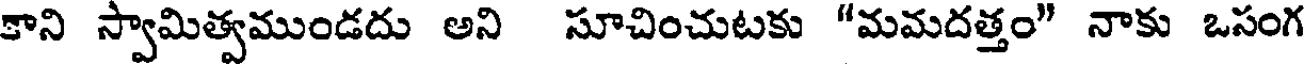
కాని స్వామిత్వముండదు అని సూచించుటకు "మమదత్తం" నాకు ఒసంగ